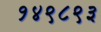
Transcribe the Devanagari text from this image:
१४९८९३